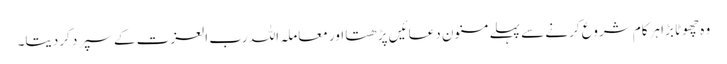
وہ چھوٹا بڑا ہرکام شروع کرنے سے پہلے مسنون دعائیں پڑھتا اور معاملہ اللہ رب العزت کے سپرد کردیتا۔